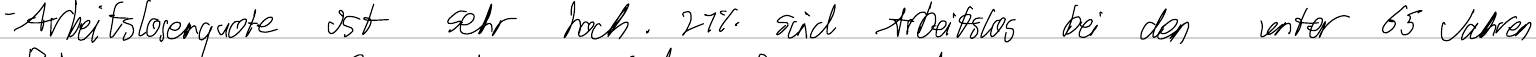
- Arbeitslosenquote ist sehr hoch. 21% sind Arbeitslos bei den unter 65 Jahren